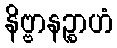
နိဗ္ဗာနဉ္စာဟံ